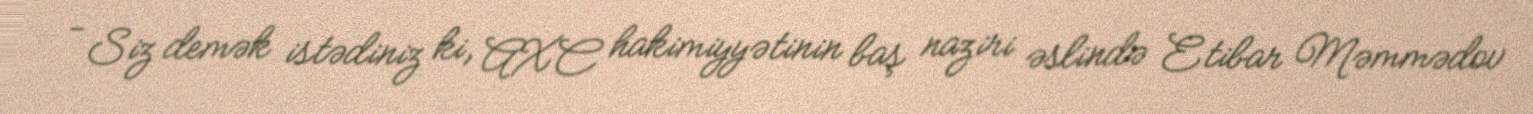
- Siz demək istədiniz ki, AXC hakimiyyətinin baş naziri əslində Etibar Məmmədov